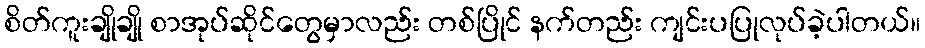
စိတ်ကူးချိုချို စာအုပ်ဆိုင်တွေမှာလည်း တစ်ပြိုင် နက်တည်း ကျင်းပပြုလုပ်ခဲ့ပါတယ်။